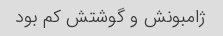
ژامبونش و گوشتش کم بود